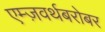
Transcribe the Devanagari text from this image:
एम्ज़वर्थबरोबर